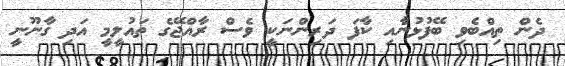
ދެން ތިއްބެވި ބޭފުޅުންާއި ކާފަ ދަރިންނަކީ ވެސް ރާއްޖޭގެ ތައުލީމީ އަދި ގާނޫނީ